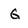
Character: G